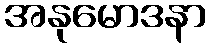
အနုမောဒနာ